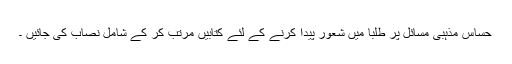
حساس مذہبی مسائل پر طلبا میں شعور پیدا کرنے کے لئے کتابیں مرتب کر کے شامل نصاب کی جائیں ۔